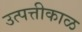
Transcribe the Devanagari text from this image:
उत्पत्तीकाळ